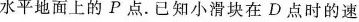
水平地面上的P点.已知小滑块在D点时的速